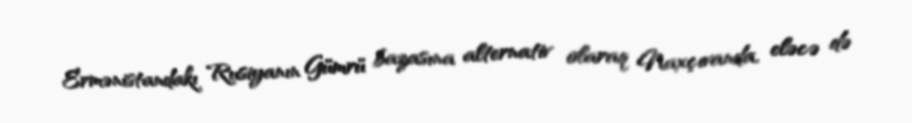
Ermənistandakı Rusiyanın Gümrü bazasına alternativ olaraq Naxçıvanda, eləcə də